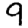
Digit: 9